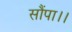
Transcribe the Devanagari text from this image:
सौंपा।।